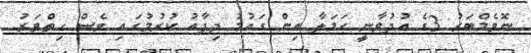
ނޮވެމްބަރު 3ގެ އުދުވާނީ ހަމަލާ އިން ގައުމު ދިފާއު ކުރުމުގައި ވެސް ހިތްވަރު